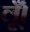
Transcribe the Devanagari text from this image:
लूँ।